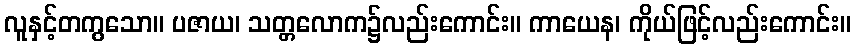
လူနှင့်တကွသော။ ပဇာယ၊ သတ္တလောက၌လည်းကောင်း။ ကာယေန၊ ကိုယ်ဖြင့်လည်းကောင်း။